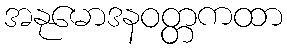
အနုမောဒနဝတ္တကထာ